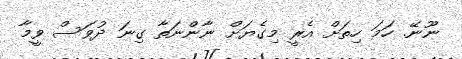
ނޫނޭ. ހަމަ ހިތަށް އެރީ މިގެޔަށް ނާންނަތާ ގިނަ ދުވަސް ވީމާ